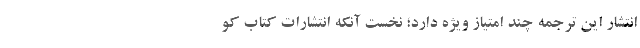
انتشار اين ترجمه چند امتياز ويژه دارد؛ نخست آنكه انتشارات كتاب كو